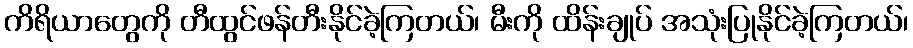
ကိရိယာတွေကို တီထွင်ဖန်တီးနိုင်ခဲ့ကြတယ်၊ မီးကို ထိန်းချုပ် အသုံးပြုနိုင်ခဲ့ကြတယ်၊